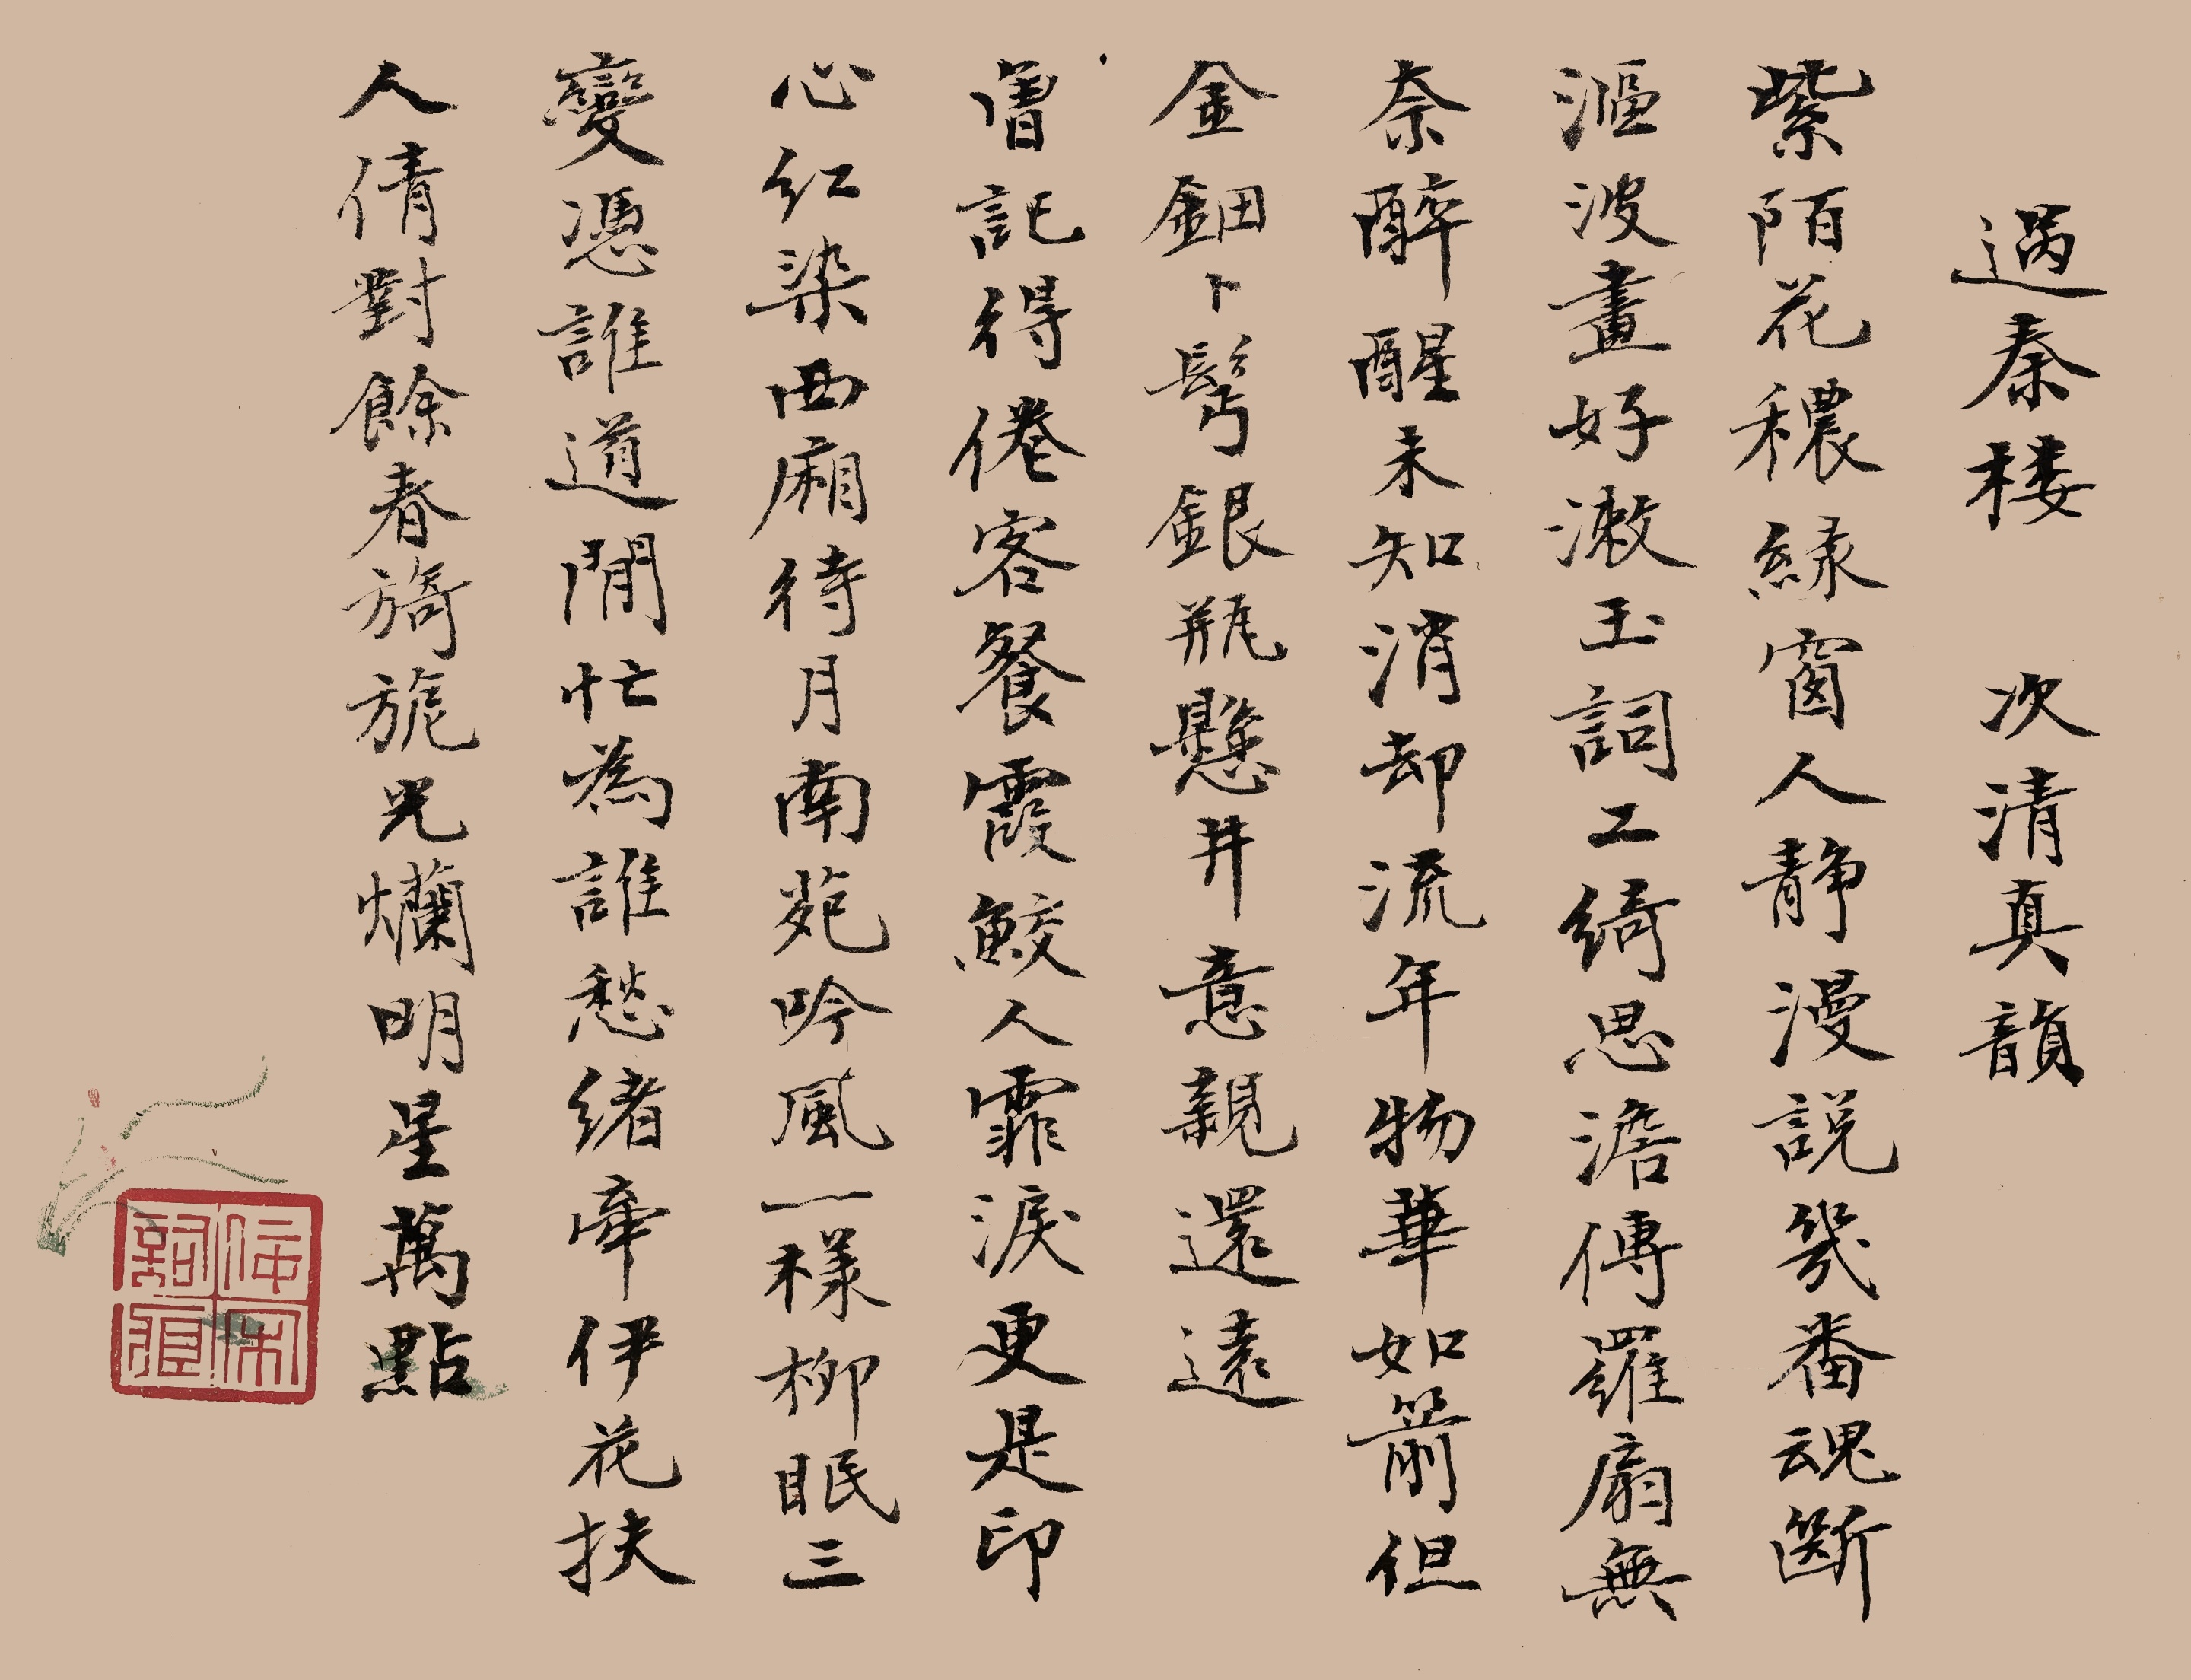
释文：过秦楼，次清真韵。紫陌花秾，绿窗人静，漫说几番魂断。沤波画好，漱玉词工，绮思澹传罗扇。无奈醉醒未知，消却流年，物华如箭。但金钿卜鬓，银瓶悬井，意亲还远。曾记得、倦客餐霞，鲛人霏泪，更是印心红染。西厢待月，南苑吟风，一样柳眠三变。凭道闲忙为谁，愁绪牵伊，花扶人倩。对余春旖旎，光烂明星万点。佞宋词痕